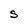
Character: S